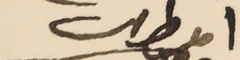
المطران